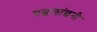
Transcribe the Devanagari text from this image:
पछलांछनी